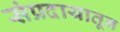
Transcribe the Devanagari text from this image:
संप्रदायातून